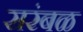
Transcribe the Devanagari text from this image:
सरंबळ